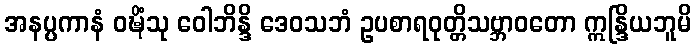
အနပ္ပကာနံ ဝဍ္ဎိံသု ဝေါဘိန္ဒိ ဒေဝသဘံ ဥပစာရဝုတ္တိသဗ္ဘာဝတော ဣန္ဒြိယဘူမိ